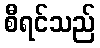
စီရင်သည်